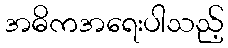
အဓိကအရေးပါသည့်